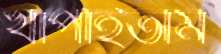
খাপাইতাম